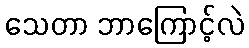
သေတာ ဘာကြောင့်လဲ